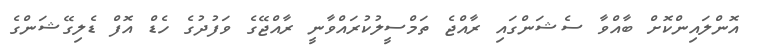
އޮންލައިންކޮށް ބާއްވާ ސެޝަންގައި ރާއްޖެ ތަމްސީލުކުރައްވާނީ ރާއްޖޭގެ ވަފުދުގެ ހެޑް އޮފް ޑެލިގޭޝަންގެ